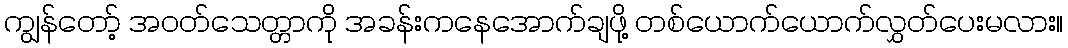
ကျွန်တော့် အဝတ်သေတ္တာကို အခန်းကနေအောက်ချဖို့ တစ်ယောက်ယောက်လွှတ်ပေးမလား။